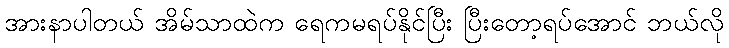
အားနာပါတယ် အိမ်သာထဲက ရေကမရပ်နိုင်ပြီး ပြီးတော့ရပ်အောင် ဘယ်လို